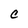
Character: C